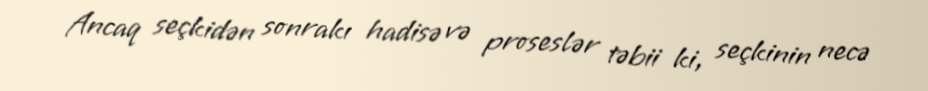
Ancaq seçkidən sonrakı hadisə və proseslər təbii ki, seçkinin necə